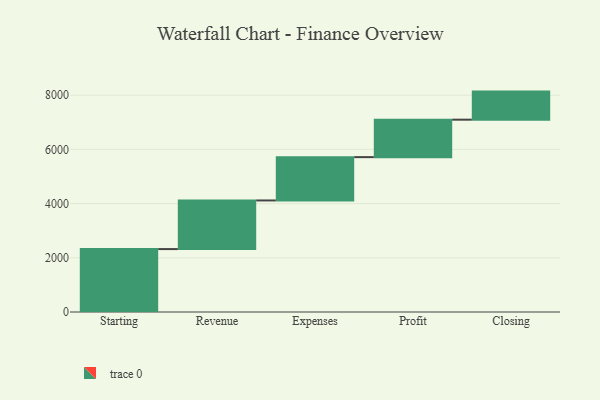
{"axis": {"x": "Step", "y": "Value"}, "legend": [""], "data": [{"x": "Starting", "y": 2322.0, "type": ""}, {"x": "Revenue", "y": 1794.0, "type": ""}, {"x": "Expenses", "y": 1599.0, "type": ""}, {"x": "Profit", "y": 1382.0, "type": ""}, {"x": "Closing", "y": 1036.0, "type": ""}]}